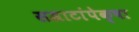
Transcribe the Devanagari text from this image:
सम्राटांपेक्षा